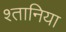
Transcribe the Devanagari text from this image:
श्तानिया